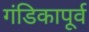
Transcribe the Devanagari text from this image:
गंडिकापूर्व